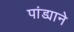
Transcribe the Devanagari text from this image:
पांड्याने